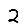
Digit: 2